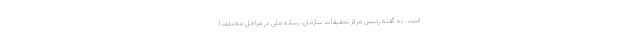
است. به گفته رئیس مرکز تحقیقات سازمان، رسانه ملی در مراحل مختلف ا